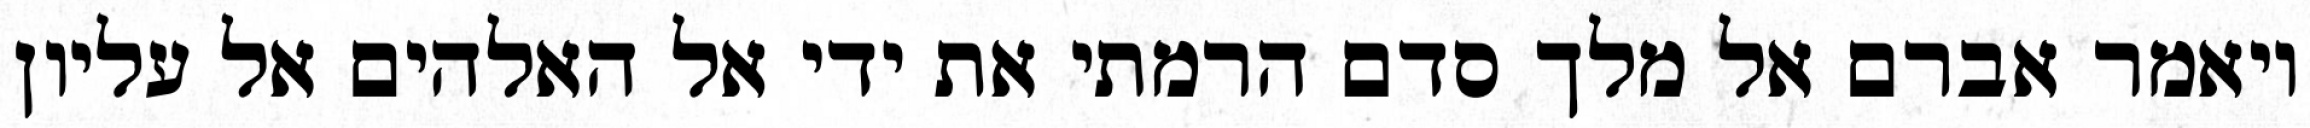
ויאמר אברם אל מלך סדם הרמתי את ידי אל האלהים אל עליון